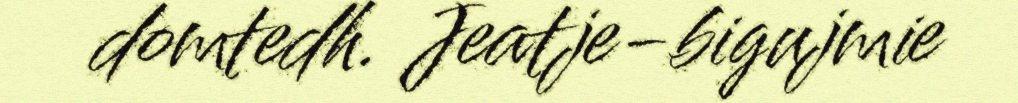
domtedh. Jeatje-bigujmie